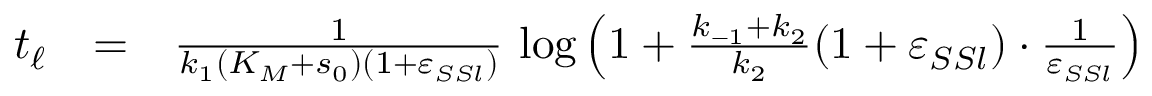
\begin{array} { r c l } { t _ { \ell } } & { = } & { \frac { 1 } { k _ { 1 } ( K _ { M } + s _ { 0 } ) ( 1 + \varepsilon _ { S S l } ) } \, \log \left( 1 + \frac { k _ { - 1 } + k _ { 2 } } { k _ { 2 } } ( 1 + \varepsilon _ { S S l } ) \cdot \frac { 1 } { \varepsilon _ { S S l } } \right) } \end{array}